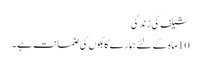
شیلف کی زندگی
10 ماہ کے لئے ہمارے گاہکوں کی ضمانت ہے ۔